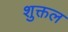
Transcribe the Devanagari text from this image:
शुक्तल